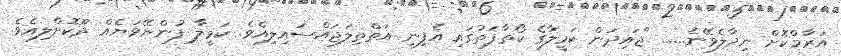
އަރާމްކޮށް ނިދާލެވޭނެ...... "ޖައިދަން ކަމީލާގެ ކޯތާފަތުގައި އެފިނި އަތްތިލަޖައްސައިލިއެވެ. ކަމީލާ ފުންނޭވަޔެއް ދޫކޮށްލިއެވެ.